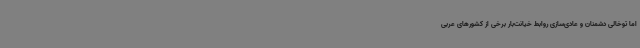
اما توخالی دشمنان و عادی‌سازی روابط خیانت‌بار برخی از کشورهای عربی